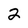
Character: 2